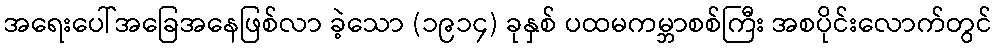
အရေးပေါ်အခြေအနေဖြစ်လာ ခဲ့သော (၁၉၁၄) ခုနှစ် ပထမကမ္ဘာစစ်ကြီး အစပိုင်းလောက်တွင်